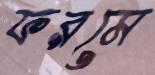
ফরমে